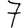
Digit: 7